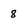
Character: 8